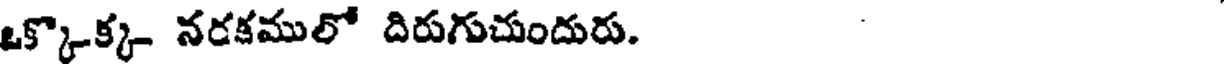
ఒక్కొక్క నరకములో దిరుగుచుందురు.